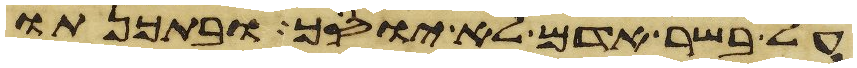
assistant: על בשר אדם לא יוסך ובתכנתו